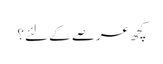
کچھ عرصے کے لئے؟